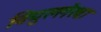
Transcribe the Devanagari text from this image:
विद्युल्लेखा